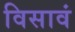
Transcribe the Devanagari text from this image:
विसावं